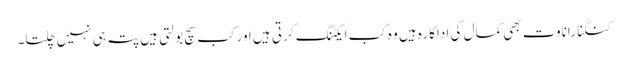
کنگنا راناوت بھی کمال کی اداکارہ ہیں وہ کب ایکٹنگ کرتی ہیں اور کب سچ بولتی ہیں پتہ ہی نہیں چلتا۔